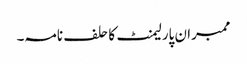
ممبران پارلیمنٹ کا حلف نامہ۔